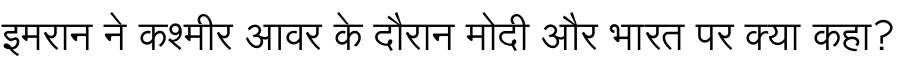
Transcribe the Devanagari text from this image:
इमरान ने कश्मीर आवर के दौरान मोदी और भारत पर क्या कहा?